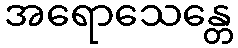
အရောသေန္တေ